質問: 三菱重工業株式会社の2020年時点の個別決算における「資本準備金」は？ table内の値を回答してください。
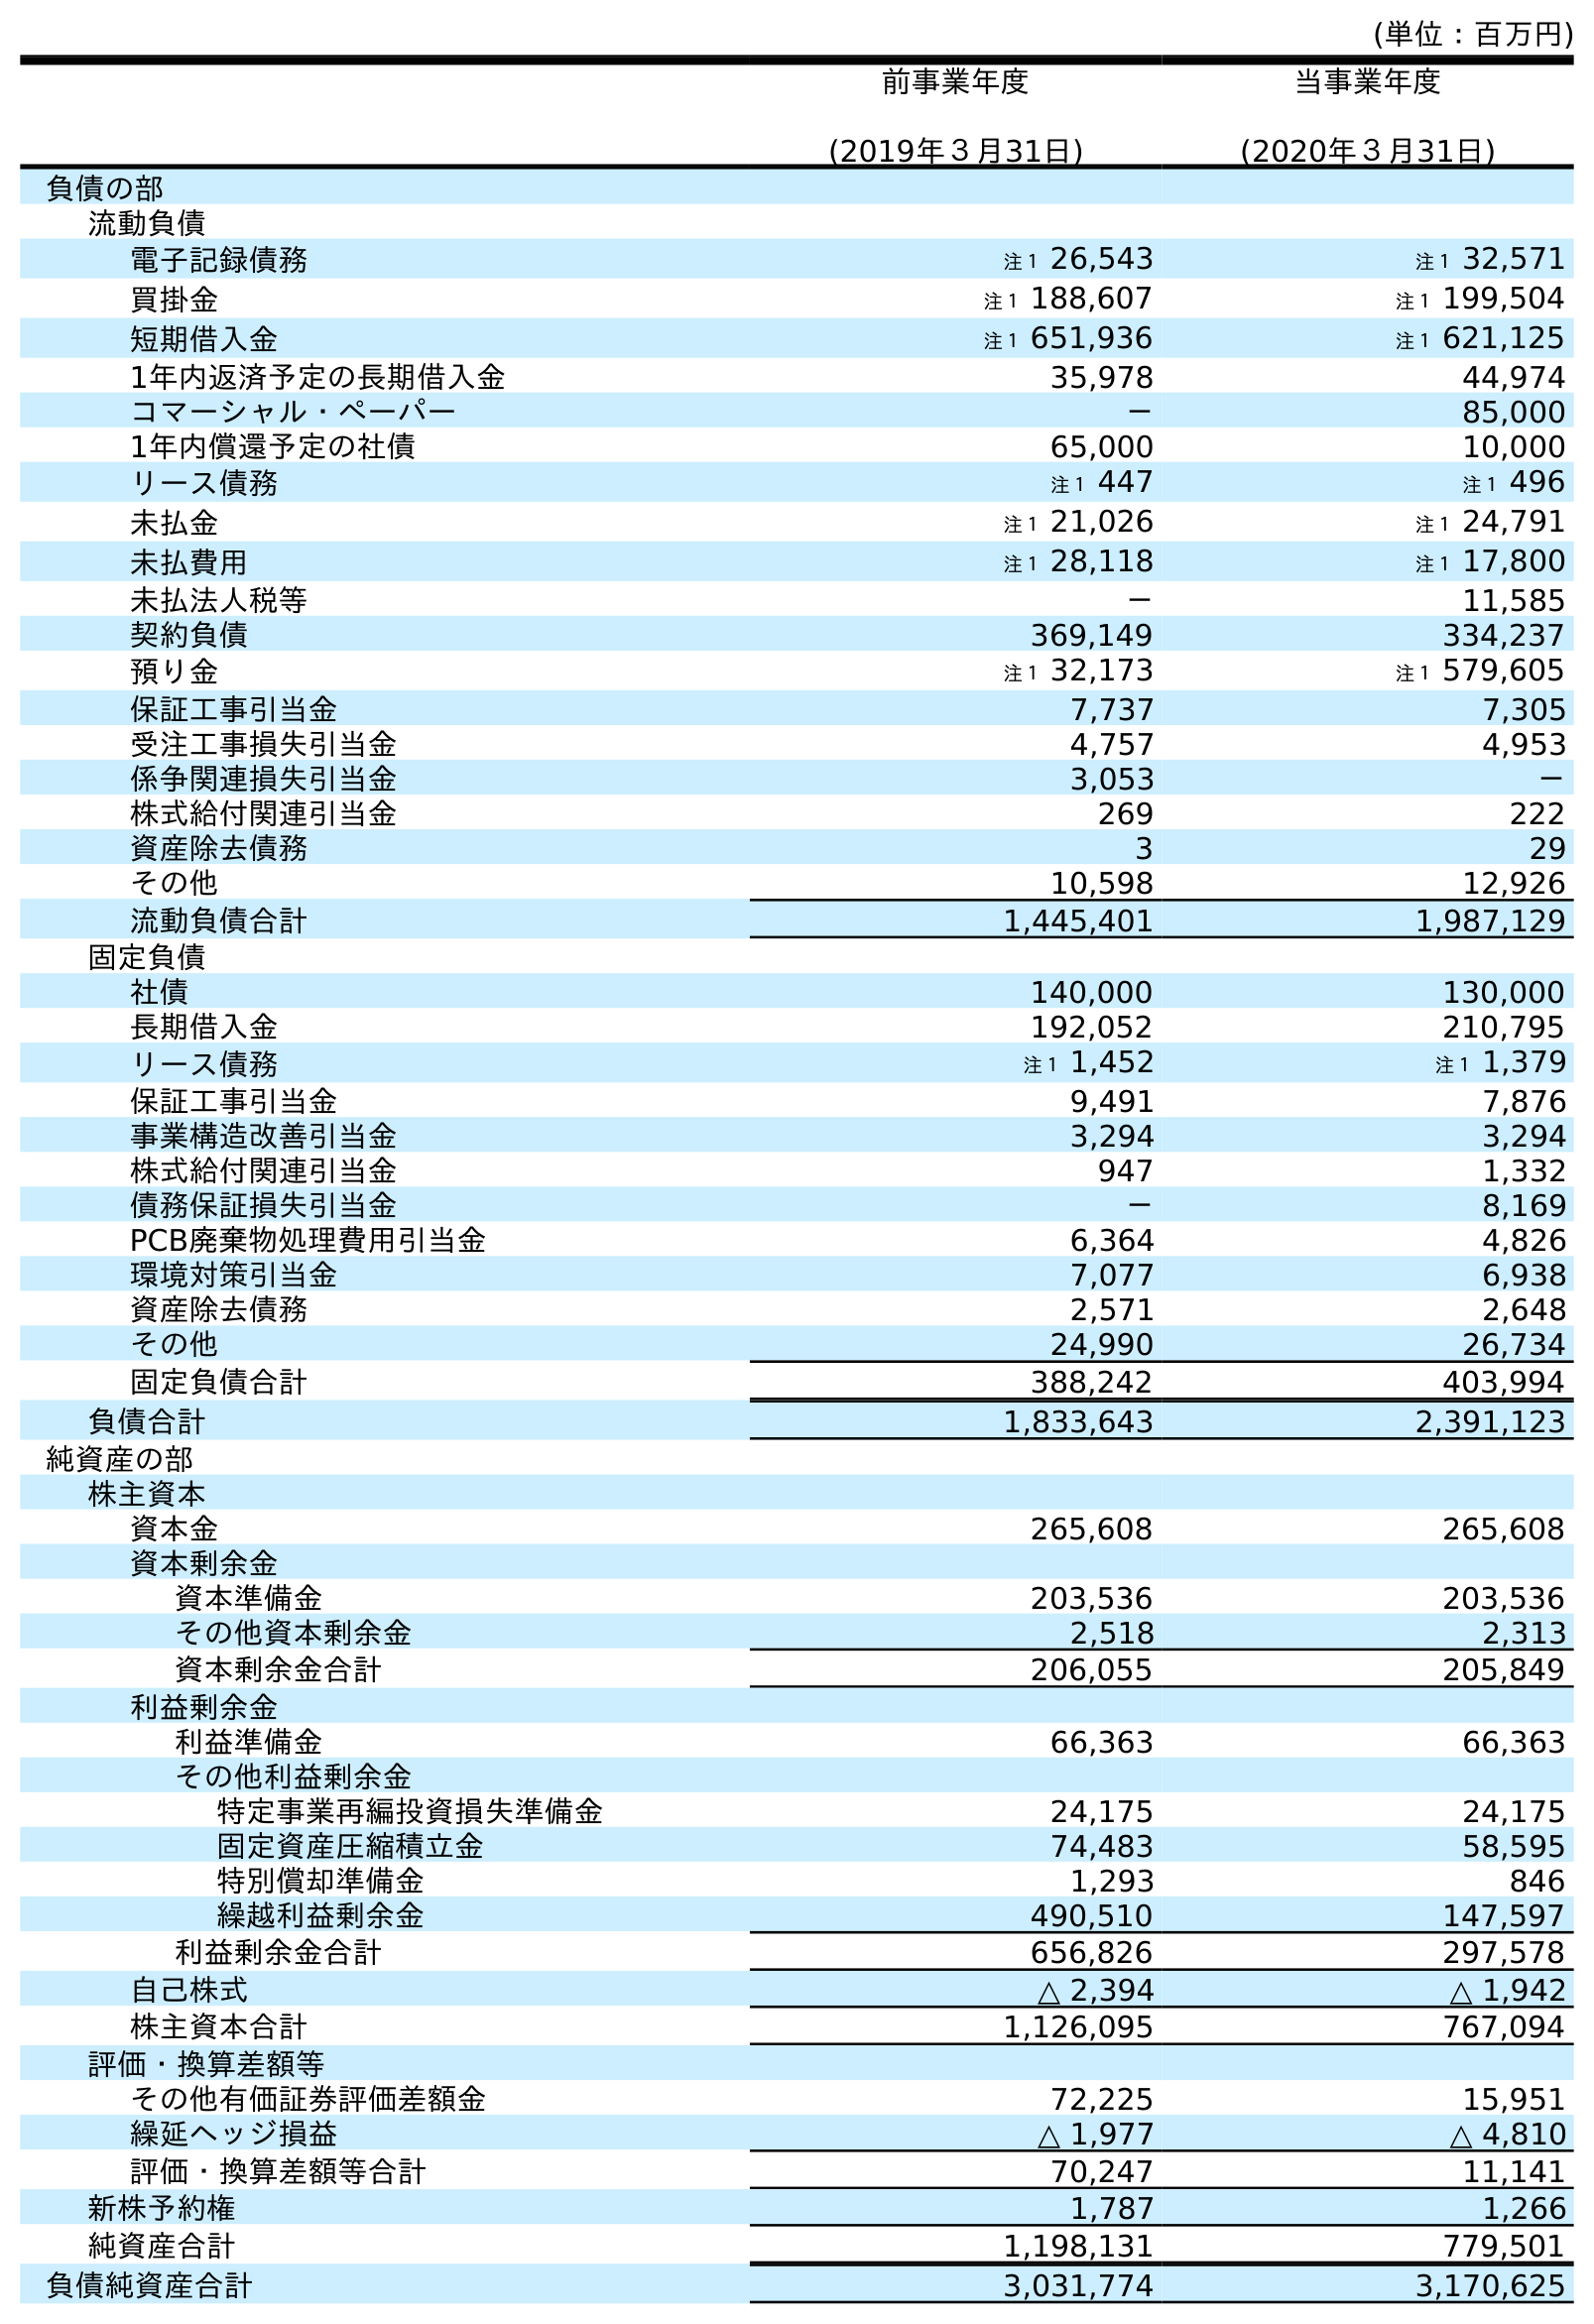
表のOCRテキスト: (単位：百万円) 前事業年度 (2019年３月31日) 当事業年度 (2020年３月31日) 負債の部 流動負債 電子記録債務 注１ 26,543 注１ 32,571 買掛金 注１ 188,607 注１ 199,504 短期借入金 注１ 651,936 注１ 621,125 1年内返済予定の長期借入金 35,978 44,974 コマーシャル・ペーパー － 85,000 1年内償還予定の社債 65,000 10,000 リース債務 注１ 447 注１ 496 未払金 注１ 21,026 注１ 24,791 未払費用 注１ 28,118 注１ 17,800 未払法人税等 － 11,585 契約負債 369,149 334,237 預り金 注１ 32,173 注１ 579,605 保証工事引当金 7,737 7,305 受注工事損失引当金 4,757 4,953 係争関連損失引当金 3,053 － 株式給付関連引当金 269 222 資産除去債務 3 29 その他 10,598 12,926 流動負債合計 1,445,401 1,987,129 固定負債 社債 140,000 130,000 長期借入金 192,052 210,795 リース債務 注１ 1,452 注１ 1,379 保証工事引当金 9,491 7,876 事業構造改善引当金 3,294 3,294 株式給付関連引当金 947 1,332 債務保証損失引当金 － 8,169 PCB廃棄物処理費用引当金 6,364 4,826 環境対策引当金 7,077 6,938 資産除去債務 2,571 2,648 その他 24,990 26,734 固定負債合計 388,242 403,994 負債合計 1,833,643 2,391,123 純資産の部 株主資本 資本金 265,608 265,608 資本剰余金 資本準備金 203,536 203,536 その他資本剰余金 2,518 2,313 資本剰余金合計 206,055 205,849 利益剰余金 利益準備金 66,363 66,363 その他利益剰余金 特定事業再編投資損失準備金 24,175 24,175 固定資産圧縮積立金 74,483 58,595 特別償却準備金 1,293 846 繰越利益剰余金 490,510 147,597 利益剰余金合計 656,826 297,578 自己株式 △ 2,394 △ 1,942 株主資本合計 1,126,095 767,094 評価・換算差額等 その他有価証券評価差額金 72,225 15,951 繰延ヘッジ損益 △ 1,977 △ 4,810 評価・換算差額等合計 70,247 11,141 新株予約権 1,787 1,266 純資産合計 1,198,131 779,501 負債純資産合計 3,031,774 3,170,625
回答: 203,536